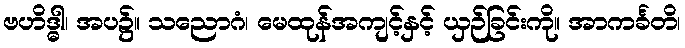
ဗဟိဒ္ဓါ၊ အပ၌။ သညောဂံ၊ မေထုန်အကျင့်နှင့် ယှဉ်ခြင်းကို။ အာကင်္ခတိ၊